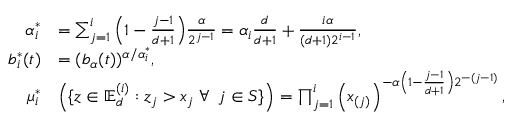
\begin{array} { r l } { \alpha _ { i } ^ { * } } & { = \sum _ { j = 1 } ^ { i } \Big ( 1 - \frac { j - 1 } { d + 1 } \Big ) \frac { \alpha } { 2 ^ { j - 1 } } = \alpha _ { i } \frac d { d + 1 } + \frac { i \alpha } { ( d + 1 ) 2 ^ { { i - 1 } } } , } \\ { b _ { i } ^ { * } ( t ) } & { = ( b _ { \alpha } ( t ) ) ^ { \alpha / \alpha _ { i } ^ { * } } , } \\ { \mu _ { i } ^ { * } } & { \left( \{ \boldsymbol z \in \mathbb { E } _ { d } ^ { ( i ) } : z _ { j } > x _ { j } \; \forall \, \ j \in S \} \right) = \prod _ { j = 1 } ^ { i } \left( { x } _ { ( j ) } \right) ^ { - \alpha \left( 1 - \frac { j - 1 } { d + 1 } \right) 2 ^ { - ( j - 1 ) } } , } \end{array}